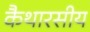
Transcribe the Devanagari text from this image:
कैथारसीय